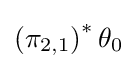
\left(\pi _{2,1}\right)^{*}\theta _{0}